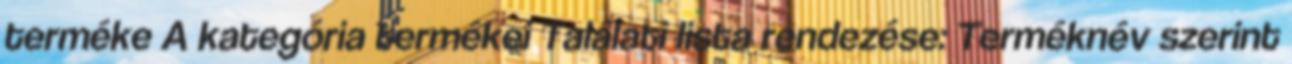
terméke A kategória termékei Találati lista rendezése: Terméknév szerint